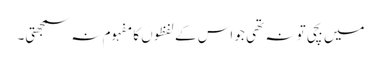
میں بچی تو نہ تھی جو اس کے لفظوں کا مفہوم نہ سمجھتی۔